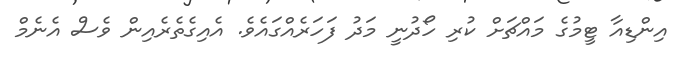
އިންޑިއާ ޓީމުގެ މައްޗަށް ކުރި ހޯދުނީ މަދު ފަހަރެއްގައެވެ. އެއިގެތެރެއިން ވެސް އެނެމް